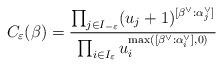
LaTeX: \begin{align*}C_\varepsilon (\beta) = \frac{\prod_{j\in I_{-\varepsilon}}(u_j + 1)^{[\beta^\vee : \alpha^\vee_j]}}{\prod_{i\in I_\varepsilon}u_i^{\max ([\beta^\vee : \alpha^\vee_i],0)}}\end{align*}